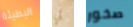
البطيئة لي صخور